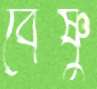
বৈষ্ণু